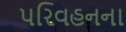
પરિવહનના